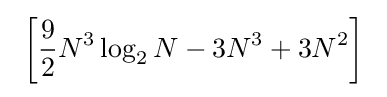
~\left[{\frac {9}{2}}N^{3}\log _{2}N-3N^{3}+3N^{2}\right]~